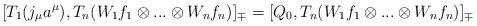
LaTeX: \begin{align*}[T_1(j_\mu a^\mu),T_n(W_1f_1\otimes...\otimes W_nf_n)]_\mp=[Q_0,T_n(W_1f_1\otimes...\otimes W_nf_n)]_\mp\end{align*}